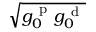
\sqrt { g _ { 0 } ^ { \mathrm { ~ p ~ } } g _ { 0 } ^ { \mathrm { ~ d ~ } } }